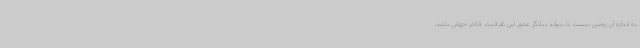
به اندازه آن روشن نیست تا بتواند بیانگر عمق این ظرفیت فاخر جهانی باشد.